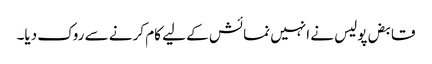
قابض پولیس نے انہیں نمائش کے لیے کام کرنے سے روک دیا۔